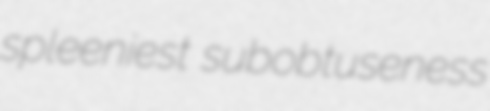
spleeniest subobtuseness